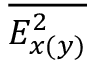
\overline { { E _ { x ( y ) } ^ { 2 } } }